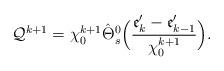
LaTeX: \begin{align*}\mathcal{Q}^{k+1}=\chi_0^{k+1}\hat{\Theta}^0_s\Big(\frac{\mathfrak{e}'_k-\mathfrak{e}'_{k-1}}{\chi_0^{k+1}}\Big).\end{align*}